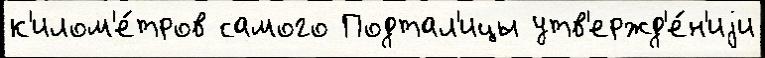
к'илом'е́тров самого Подтал'ицы утв'ержд'е́н'иjи